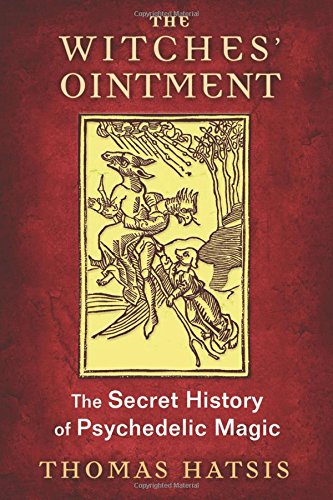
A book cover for The Witches' Ointment: The Secret History of Psychedelic Magic; Thomas Hatsis; Religion & Spirituality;